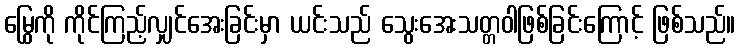
မြွေကို ကိုင်ကြည့်လျှင်အေးခြင်းမှာ ယင်းသည် သွေးအေးသတ္တဝါဖြစ်ခြင်းကြောင့် ဖြစ်သည်။